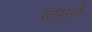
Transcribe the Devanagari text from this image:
तिमुरी